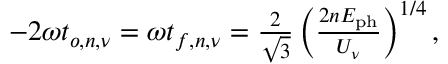
\begin{array} { r } { - 2 \omega t _ { o , n , \nu } = \omega t _ { f , n , \nu } = \frac { 2 } { \sqrt { 3 } } \left( \frac { 2 n E _ { \mathrm { p h } } } { U _ { \nu } } \right) ^ { 1 / 4 } , } \end{array}